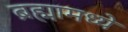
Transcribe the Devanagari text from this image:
ब्रह्मामध्ये